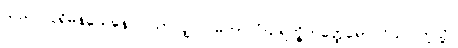
သည်။ ပုရိမနယေနေဝ၊ သာလျှင်။ မဟာသံဃရက္ခိတတ္ထေရော ဝိယ၊ ကဲ့သို့။